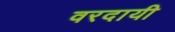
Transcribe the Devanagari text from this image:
वरदायी